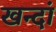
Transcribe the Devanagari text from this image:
खन्दां